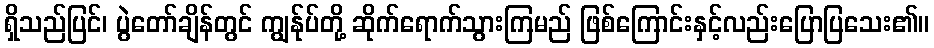
ရှိသည်ပြင်၊ ပွဲတော်ချိန်တွင် ကျွန်ုပ်တို့ ဆိုက်ရောက်သွားကြမည် ဖြစ်ကြောင်းနှင့်လည်းပြောပြသေး၏။